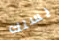
يسلك